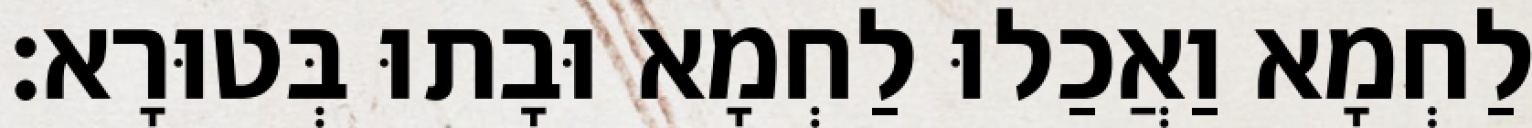
לַחְמָא וַאֲכַלוּ לַחְמָא וּבָתוּ בְּטוּרָא׃